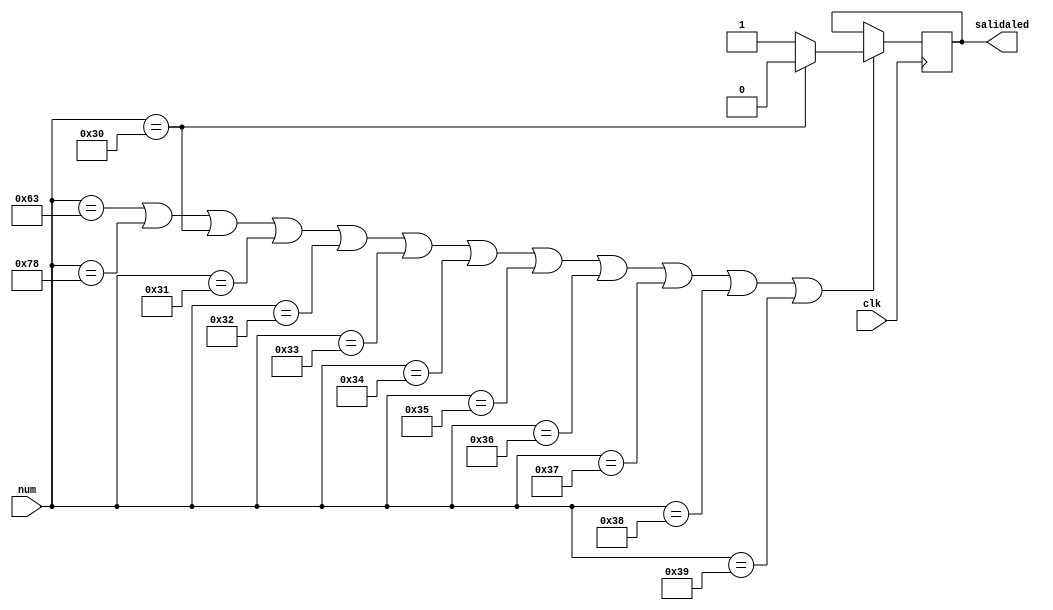
module leds(clk,num,salidaled);

input clk;
input [7:0]num;
output reg salidaled;

always @(posedge clk) begin
	if(num=='h63|num=='h78|num=='h30|num=='h31|num=='h32|num=='h33|
		num=='h34|num=='h35|num=='h36|num=='h37|num=='h38|num=='h39) begin
		if(num=='h30) salidaled<=0;
		else          salidaled<=1;
	end
end

endmodule